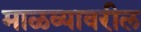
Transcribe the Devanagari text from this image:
माळव्यावरील